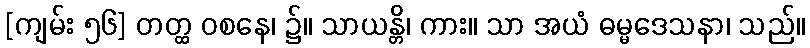
[ကျမ်း ၅၆] တတ္ထ ဝစနေ၊ ၌။ သာယန္တိ၊ ကား။ သာ အယံ ဓမ္မဒေသနာ၊ သည်။